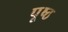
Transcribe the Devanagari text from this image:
पृ्ष्ठ